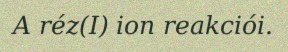
A réz(I) ion reakciói.